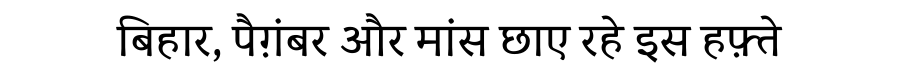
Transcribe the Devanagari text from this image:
बिहार, पैग़ंबर और मांस छाए रहे इस हफ़्ते